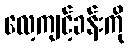
လေ့ကျင့်ခန်းကို